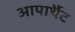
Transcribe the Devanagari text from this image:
आपार्थैट